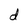
Character: d